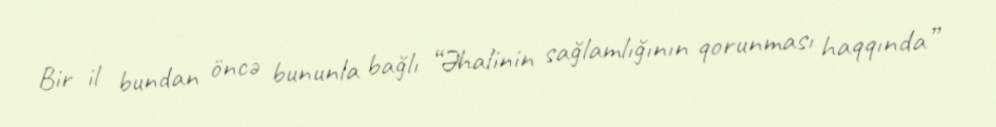
Bir il bundan öncə bununla bağlı “Əhalinin sağlamlığının qorunması haqqında”